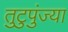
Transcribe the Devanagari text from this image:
तुटुपुंज्या